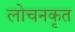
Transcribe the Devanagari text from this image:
लोचनकृत